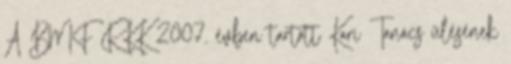
A BMF RKK 2007. évben tartott Kari Tanács ülésének